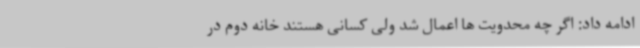
ادامه داد: اگر چه محدویت ها اعمال شد ولی کسانی هستند خانه دوم در